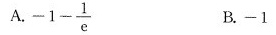
A.-1-\frac{1}{e} B.-1